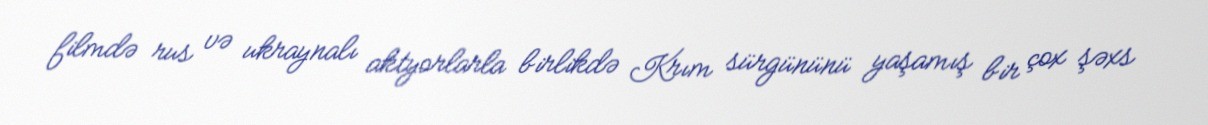
filmdə rus və ukraynalı aktyorlarla birlikdə Krım sürgününü yaşamış bir çox şəxs